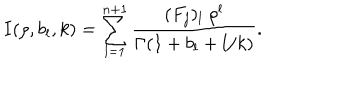
LaTeX: I ( \rho , b _ { l } , k ) = \sum _ { l = 1 } ^ { n + 1 } \frac { ( F _ { j } ) _ { l } \ \rho ^ { l } } { \Gamma ( 1 + b _ { l } + l / k ) } .